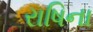
રાષિના